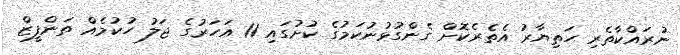
ނުރައްކާތެރި ހަތިޔާރު އެތެރެކޮށް ގެންގުޅުނުކަމުގެ ކުށުގައި 11 އަހަރުގެ ޖަލު ހުކުމެއް ތަންފީޒް